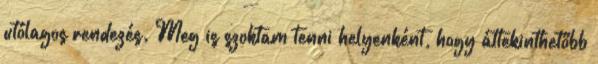
utólagos rendezés. Meg is szoktam tenni helyenként, hogy áttekinthetőbb